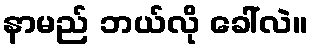
နာမည် ဘယ်လို ခေါ်လဲ။